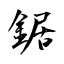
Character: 鋸